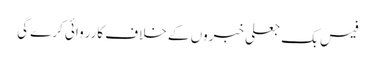
فیس بک جعلی خبروں کے خلاف کارروائی کرے گی